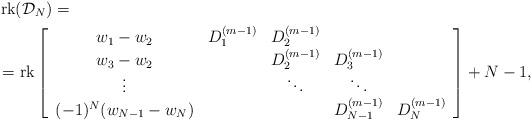
LaTeX: \begin{align*}&\operatorname{rk}(\mathcal{D}_N)=\\&=\operatorname{rk}\left[\begin{array}{ccccc}w_1-w_2 & D^{(m-1)}_1 & D^{(m-1)}_2 & & \\ w_3-w_2 & & D^{(m-1)}_2 & D^{(m-1)}_3 & \\ \vdots & & \ddots & \ddots & \\ (-1)^N(w_{N-1}-w_N) & & & D^{(m-1)}_{N-1} & D^{(m-1)}_N\end{array}\right]+N-1,\end{align*}